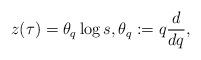
LaTeX: \begin{align*} z(\tau) &= \theta_q \log s, \theta_q:=q \frac{d}{d q},\end{align*}